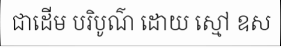
ជាដើម បរិបូណ៌ ដោយ ស្មៅ ឧស